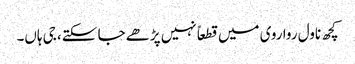
کچھ ناول روا روی میں قطعاً نہیں پڑھے جا سکتے، جی ہاں۔